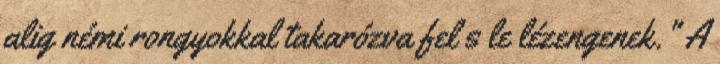
alig némi rongyokkal takarózva fel s le lézengenek." A